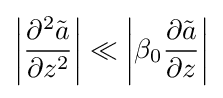
\left|{\frac {\partial ^{2}{\tilde {a}}}{\partial z^{2}}}\right|\ll \left|\beta _{0}{\frac {\partial {\tilde {a}}}{\partial z}}\right|